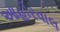
આહીરવાલ